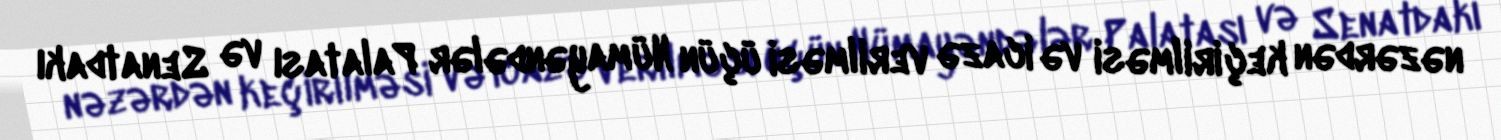
nəzərdən keçirilməsi və icazə verilməsi üçün Nümayəndələr Palatası və Senatdakı